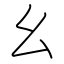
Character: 幺